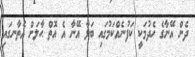
ދެން އޭނާގެ ހެދުމަކީ ކަފުނެއްކަމުގައި ބަލާ އޭނާ އެ އޮތް ޙާލަށް އެތާނގައި